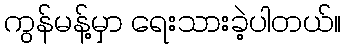
ကွန်မန့်မှာ ရေးသားခဲ့ပါတယ်။